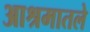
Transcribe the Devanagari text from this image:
आश्रमातले